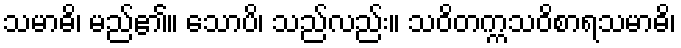
သမာဓိ၊ မည်၏။ သောပိ၊ သည်လည်း။ သဝိတက္ကသဝိစာရသမာဓိ၊